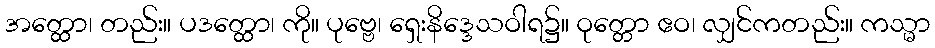
အတ္ထော၊ တည်း။ ပဒတ္ထော၊ ကို။ ပုဗ္ဗေ၊ ရှေးနိဒ္ဒေသဝါရ၌။ ဝုတ္တော ဧဝ၊ လျှင်ကတည်း။ ကသ္မာ